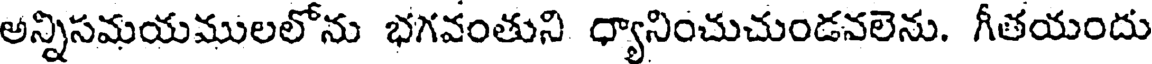
అన్నిసమయములలోను భగవంతుని ధ్యానించుచుండనలెను. గీతయందు